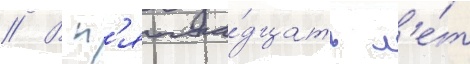
// В п'ятна́дцать л'е́т